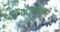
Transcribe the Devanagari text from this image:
फेनरबाहसे